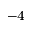
^ { - 4 }